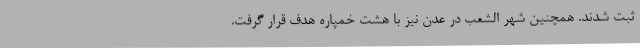
ثبت شدند. همچنین شهر الشعب در عدن نیز با هشت خمپاره هدف قرار گرفت.